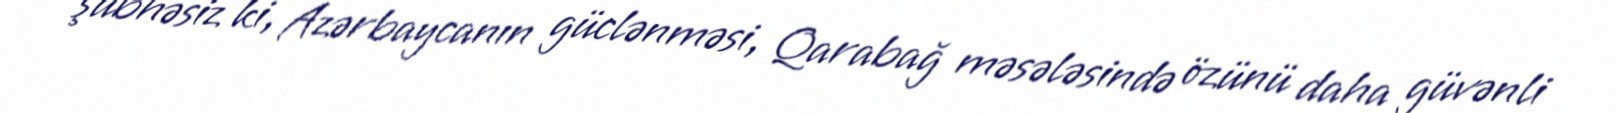
şübhəsiz ki, Azərbaycanın güclənməsi, Qarabağ məsələsində özünü daha güvənli